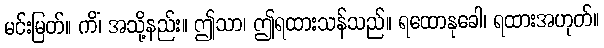
မင်းမြတ်။ ကိံ၊ အသို့နည်း။ ဤသာ၊ ဤရထားသန်သည်။ ရထောနုခေါ၊ ရထားအဟုတ်။